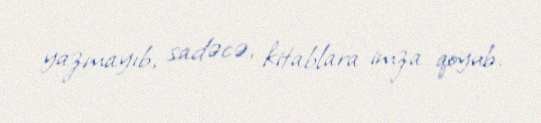
yazmayıb, sadəcə, kitablara imza qoyub.